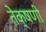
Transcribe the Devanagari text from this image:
तेक्षणी